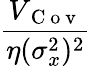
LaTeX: \frac{V_{\mathrm{~C~o~v~}}}{\eta(\sigma_{x}^{2})^{2}}